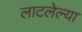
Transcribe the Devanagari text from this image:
लाटलेल्या